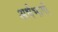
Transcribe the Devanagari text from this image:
अर्धभागों